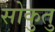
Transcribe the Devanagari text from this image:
सोकुतु